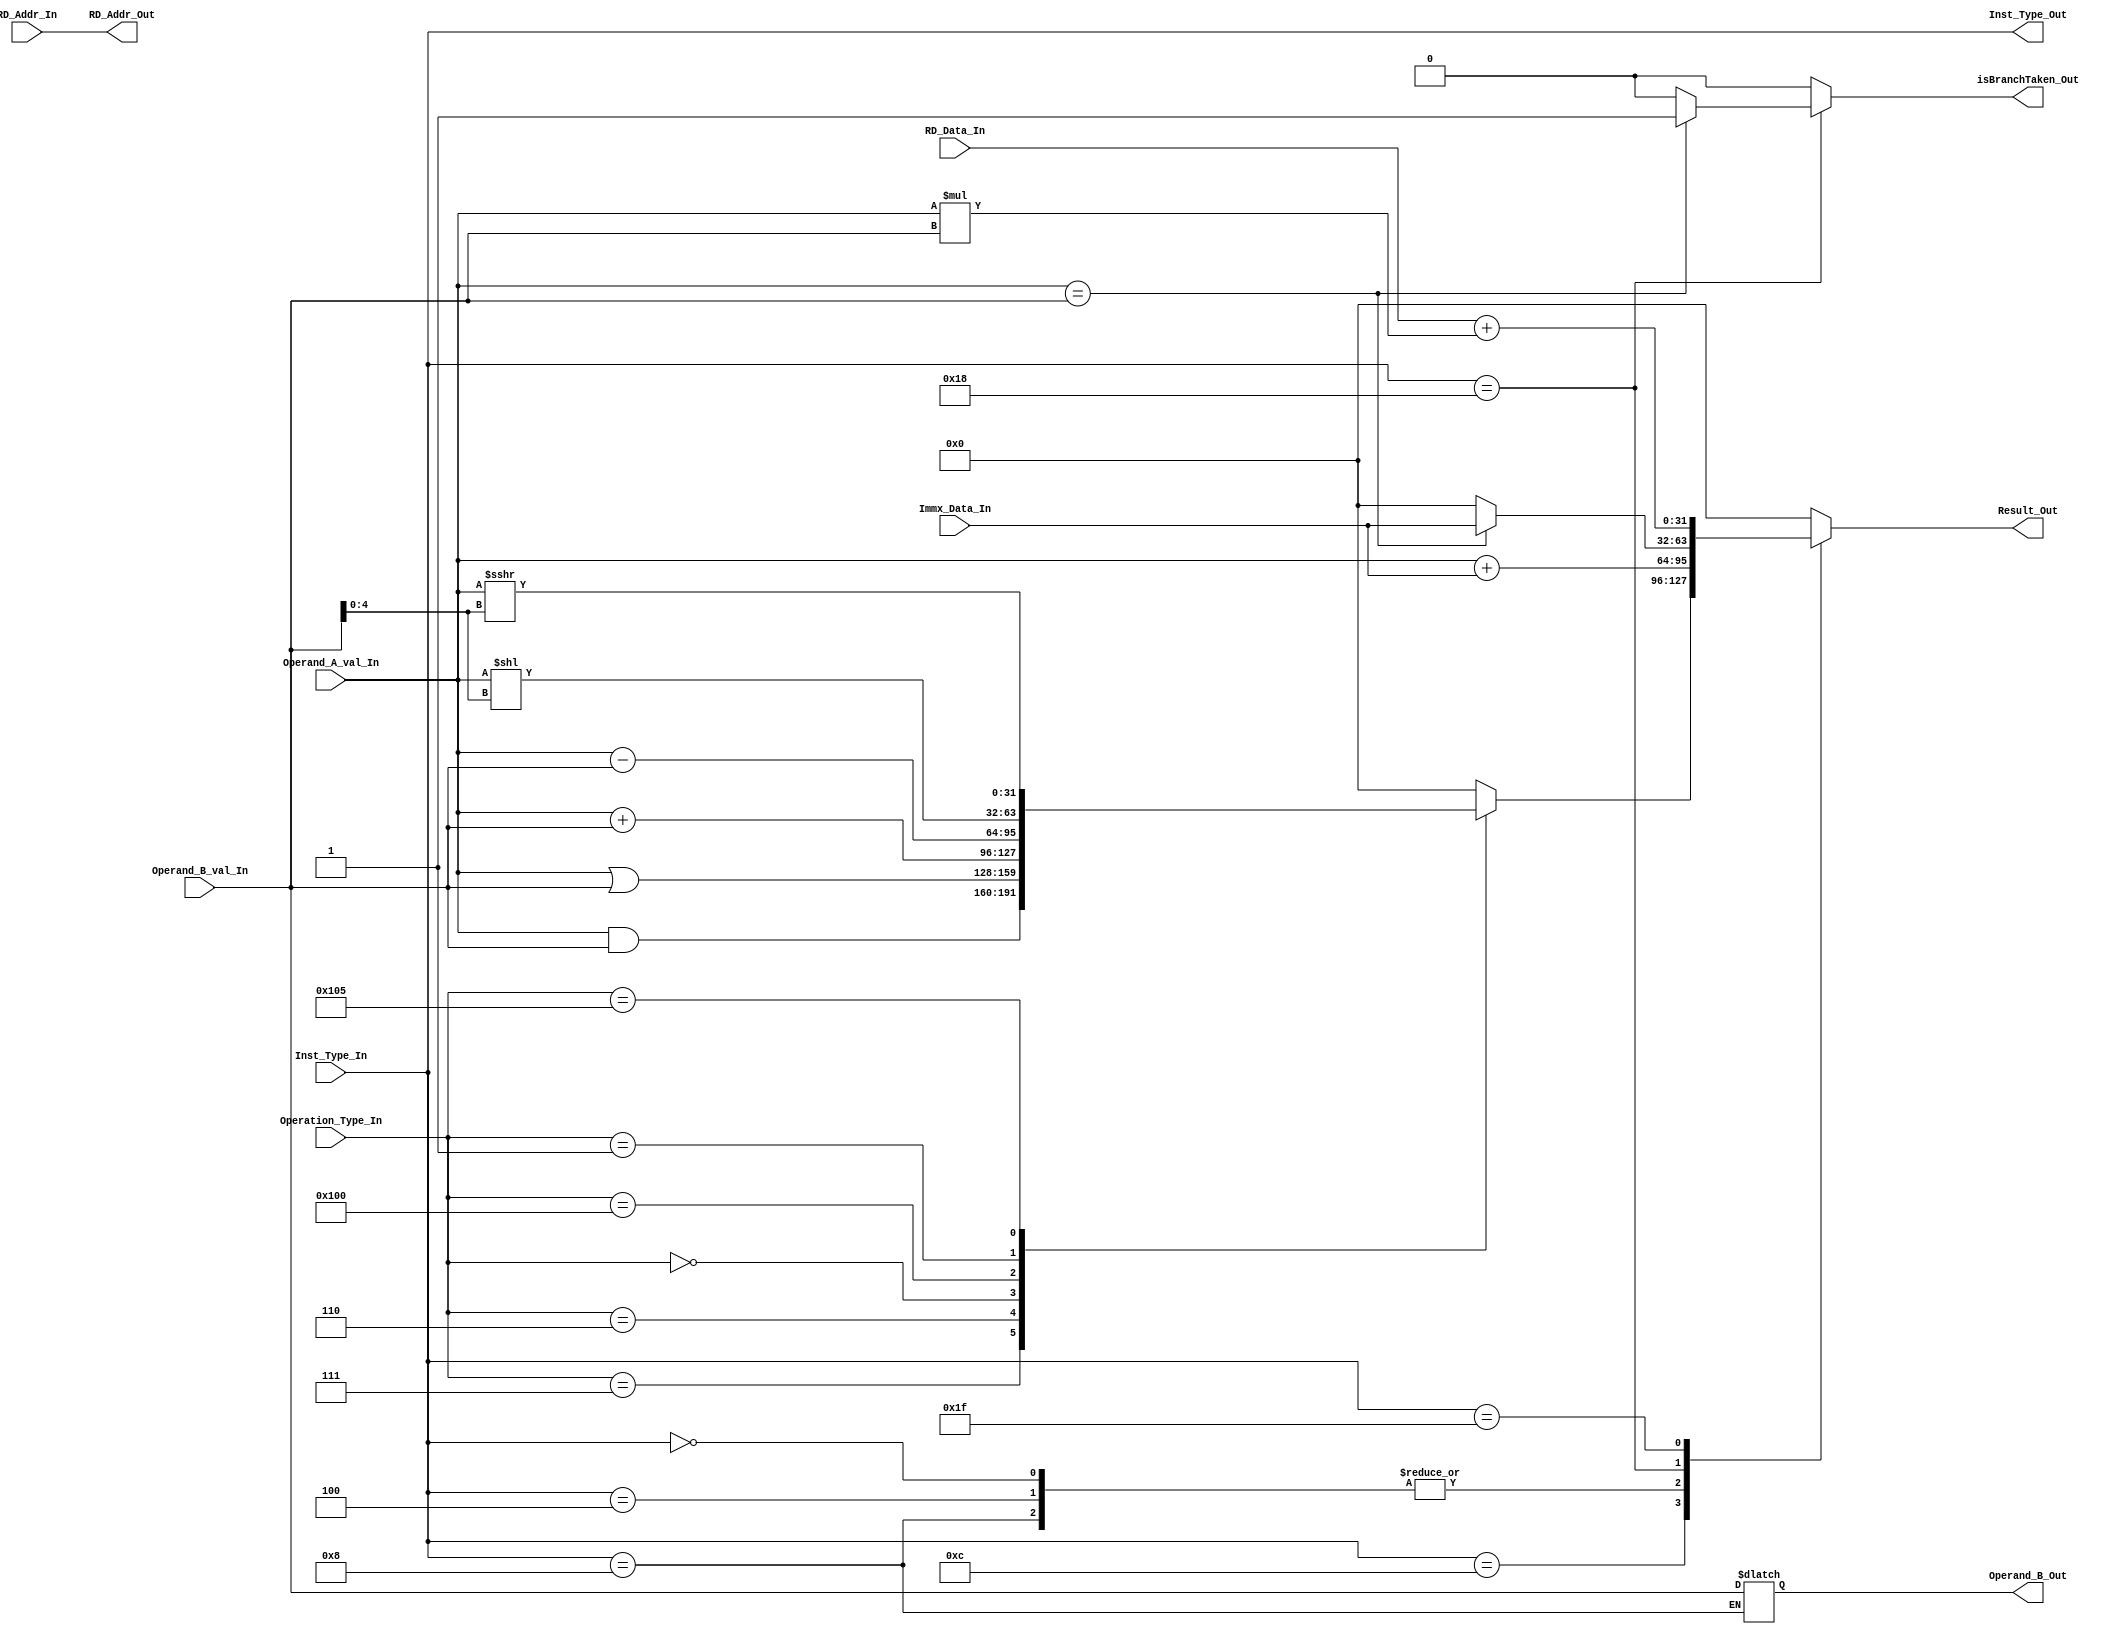
`timescale 1ns / 1ps
//////////////////////////////////////////////////////////////////////////////////
// Company: 
// Engineer: 
// 
// Design Name: 
// Module Name: EX
// Project Name: 
// Target Devices: 
// Tool Versions: 
// Description: 
// 
// Dependencies: 
// 
// Revision:
// Revision 0.01 - File Created
// Additional Comments:
// 
//////////////////////////////////////////////////////////////////////////////////


module EX(
            input[31:0] Operand_A_val_In,
            input[31:0] Operand_B_val_In,
            input[31:0] RD_Data_In,
            input[31:0] Immx_Data_In,
            input[4:0] Inst_Type_In,
            input[4:0] RD_Addr_In,
            input[9:0] Operation_Type_In,
            
            output reg isBranchTaken_Out,
            // Result_Out is a 32-bit value representing either of the following:
            // a) Arithematic expression outcome
            // b) Branch Address
            // c) Address in Memory for load or Store
            output reg[31:0] Result_Out,
            output reg[31:0] Operand_B_Out,
            output reg[4:0] Inst_Type_Out,
            output reg[4:0] RD_Addr_Out
    );
    
    integer i, out;
    
    parameter IMMEDIATE_TYPE = 5'b00100;
    parameter REGISTER_REGISTER_TYPE = 5'b01100;
    parameter LOAD_TYPE = 5'b00000;
    parameter STORE_TYPE = 5'b01000;
    parameter BRANCH_TYPE = 5'b11000;
    parameter MAC_TYPE = 5'b11111;
    
    parameter REG_CNT = 32; 
    
    // For reg-reg operation, function is specified in the funct7 and funct3
    // funct7 -> Inst[31:25] 
    // funct3 -> Inst[14:12]
    parameter AND = 10'b0000000111;
    parameter OR = 10'b0000000110;
    parameter ADD = 10'b0000000000;
    parameter SUB = 10'b0100000000;
    parameter SLL = 10'b0000000001;
    parameter SRA = 10'b0100000101;
    
    reg [31:0] Temp_EX_Reg_Mem [0:REG_CNT-1];
      
    
    initial
    begin
        isBranchTaken_Out <= 1'd0;
        Result_Out <= 32'dx;
        Operand_B_Out <= 32'd0;
        Inst_Type_Out <= 5'dx;
        RD_Addr_Out <= 5'dx;
    end
    
    always@(Operand_A_val_In or Operand_B_val_In or RD_Data_In or Immx_Data_In or Inst_Type_In or RD_Addr_In or Operation_Type_In)
    begin
        Inst_Type_Out <= Inst_Type_In;
        RD_Addr_Out <= RD_Addr_In;
        
        // The beanch taken flag is always initialized to zero
        // before processing any instruction.
        // If the branch has to be taken in current execution,
        // then the flag is set in the Branch execution case.
        isBranchTaken_Out <= 1'd0;
        
        case(Inst_Type_In) // Opcode.  This give the information on the type of the instruction
            IMMEDIATE_TYPE : 
                begin
                    Result_Out <= Operand_A_val_In + Immx_Data_In;
                end
                
            REGISTER_REGISTER_TYPE : 
                begin
                    //Perform the required operation based on the function specified
                    // For reg-reg operation, function is specified in the funct7 and funct3
                    // funct7 -> Inst[31:25] 
                    // funct3 -> Inst[14:12]
                    
                    case(Operation_Type_In)
                        AND : Result_Out <= Operand_A_val_In & Operand_B_val_In;
                        OR  : Result_Out <= Operand_A_val_In | Operand_B_val_In;
                        ADD : Result_Out <= Operand_A_val_In + Operand_B_val_In;
                        SUB : Result_Out <= Operand_A_val_In - Operand_B_val_In;
                        // SLL, SRL, and SRA perform logical left, logical right, and arithmetic right shifts 
                        // on the value in register rs1 by  
                        // the shift amount held in the lower 5 bits of register rs2
                        SLL : Result_Out <= Operand_A_val_In << Operand_B_val_In[4:0];
                        SRA : Result_Out <= Operand_A_val_In >>> Operand_B_val_In[4:0];
                        default : Result_Out <= 32'd0;
                    endcase
                end
                
            LOAD_TYPE :
                begin
                    // Effective Address is obtained by adding rs1 to the immediate value. Here immediate datais the offset
                    // Operand A has the data of RS1
                    // Effictive Address <- Rs1 + Immediate_data
                    // rd <- Mem[rs1 + Immediate_data]
                    // Result_Out has the Offset Address
                    Result_Out <= Operand_A_val_In + Immx_Data_In;
                end
                
            STORE_TYPE :
                begin
                    // Effective Address is obtained by adding rs2 to the immediate value. Here immediate datais the offset
                    // Operand B has the data of RS2
                    // Effictive Address <- Rs1 + Immediate_data
                    // Mem[rs1 + Immediate_data] <- rs2
                    // For rs1 to be stored into the memory, ot has to be forwarded to the next stage. Hence, Operand_B_Out.
                    // Result_Out has the Offset Address 
                    Result_Out <= Operand_A_val_In + Immx_Data_In;
                    Operand_B_Out <= Operand_B_val_In;
                end
                
            BRANCH_TYPE :
                begin
                    if(Operand_A_val_In == Operand_B_val_In)
                    begin
                        Result_Out <= Immx_Data_In;
                        isBranchTaken_Out <= 1'd1;
                    end
                    else
                    begin
                        Result_Out <= 32'd0;
                        isBranchTaken_Out <= 1'd0;
                    end
                end
                
            MAC_TYPE :
                begin
                    Result_Out <= RD_Data_In + (Operand_A_val_In * Operand_B_val_In);
                end
                
            default :
                begin
                    Result_Out <= 32'd0;
                    isBranchTaken_Out <= 1'd0;
                end  
                       
        endcase
    end
    
endmodule